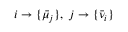
i \rightarrow \{ \bar { \mu } _ { j } \} , ~ j \rightarrow \{ \bar { \nu } _ { i } \}